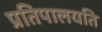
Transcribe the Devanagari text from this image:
प्रतिपालयति